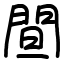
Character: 䦔